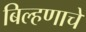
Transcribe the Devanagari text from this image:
बिल्हणाचे